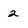
Character: 2